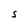
Character: S